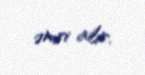
əmri alır.